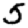
Digit: 5